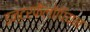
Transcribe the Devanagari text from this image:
इन्टरफैलोपियन